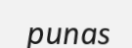
punas